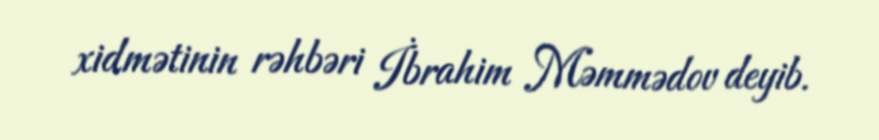
xidmətinin rəhbəri İbrahim Məmmədov deyib.